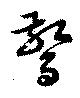
驚